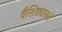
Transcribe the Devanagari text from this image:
वैशिष्ट्याकडे